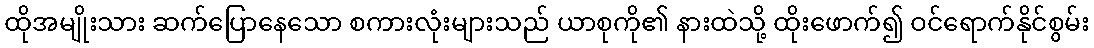
ထိုအမျိုးသား ဆက်ပြောနေသော စကားလုံးများသည် ယာစုကို၏ နားထဲသို့ ထိုးဖောက်၍ ဝင်ရောက်နိုင်စွမ်း